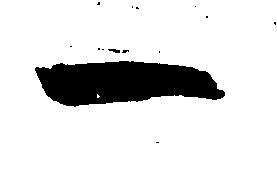
一